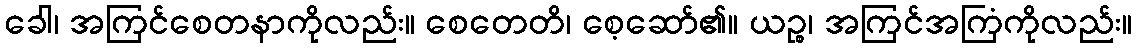
ခေါ၊ အကြင်စေတနာကိုလည်း။ စေတေတိ၊ စေ့ဆော်၏။ ယဉ္စ၊ အကြင်အကြံကိုလည်း။